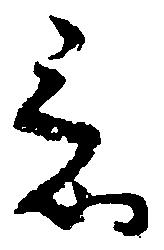
意